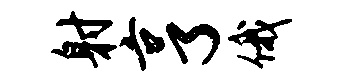
射亨俄